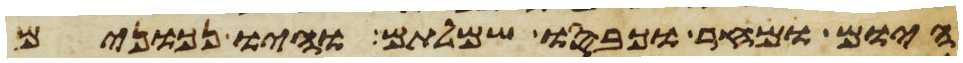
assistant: היום ומחר וכבסו שמלותם והיו נכונים